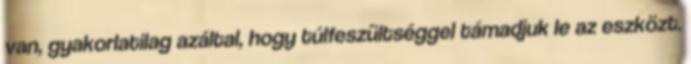
van, gyakorlatilag azáltal, hogy túlfeszültséggel támadjuk le az eszközt.